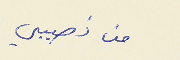
من نصيبي